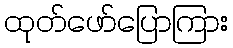
ထုတ်ဖော်ပြောကြား